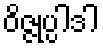
ဝိဇ္ဇုပ္ပါဒါ